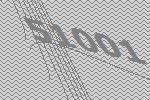
51001